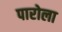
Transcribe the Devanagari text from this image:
पारोला